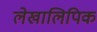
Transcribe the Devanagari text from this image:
लेखालिपिक